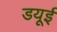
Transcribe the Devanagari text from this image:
डयूई